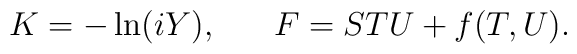
K= -\ln (iY),\;\;\;\;\;\;F = STU + f(T,U).